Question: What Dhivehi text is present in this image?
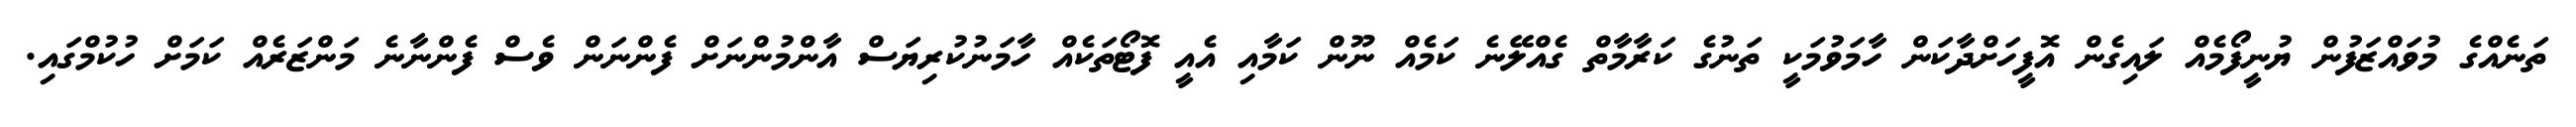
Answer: ތަނެއްގެ މުވައްޒަފުން ޔުނީފޯމެއް ލައިގެން އޮފީހަށްދާކަން ހާމަވުމަކީ ތަނުގެ ކަރާމާތް ގެއްލޭނެ ކަމެއް ނޫން ކަމާއި އެއީ ފޮޓޯތަކެއް ހާމަނުކުރިޔަސް އާންމުންނަށް ފެންނަން ވެސް ފެންނާނެ މަންޒަރެއް ކަމަށް ހުކުމްގައި.